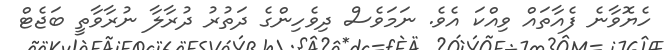
ހެޔޮވާނެ ފެއާތައް ވިއްކަ އެވެ. ނަމަވެސް ދިވެހިންގެ ދަތުރު ދުރާލާ ނުރާވާތީ ބަޖެޓް